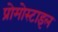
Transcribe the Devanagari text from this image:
प्रोमोस्टाइल